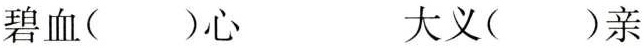
碧血( )心 大义( )亲